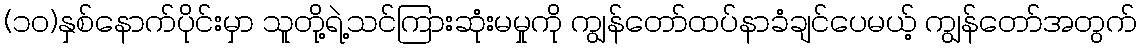
(၁ဝ)နှစ်နောက်ပိုင်းမှာ သူတို့ရဲ့သင်ကြားဆုံးမမှုကို ကျွန်တော်ထပ်နာခံချင်ပေမယ့် ကျွန်တော်အတွက်